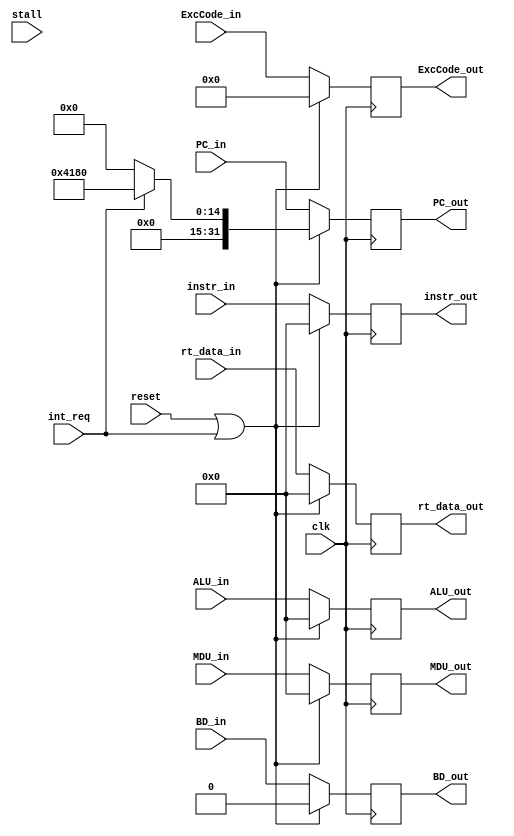
module M_REG (
    input clk,                      // 
    input reset,                    // 
    input int_req,                  // 
    input stall,                    // 
    
    input [31:0] instr_in,          // E
    input [31:0] PC_in,             // EPC
    input [31:0] rt_data_in,        // Ert
    input [31:0] ALU_in,            // EALU
    input [31:0] MDU_in,            // EMDU
    input BD_in,                    // E
    input [4:0] ExcCode_in,         // E

    output reg [31:0] instr_out,    // M
    output reg [31:0] PC_out,       // MPC
    output reg [31:0] rt_data_out,  // Mrt
    output reg [31:0] ALU_out,      // MALU
    output reg [31:0] MDU_out,      // MMDU
    output reg BD_out,              // M
    output reg [4:0] ExcCode_out    // M
);
    always @(posedge clk) begin
        if(reset || int_req) begin
            instr_out <= 0;
            PC_out <= int_req ? 32'h0000_4180 : 0;
            rt_data_out <= 0;
            ALU_out <= 0;
            MDU_out <= 0;
            BD_out <= 0;
            ExcCode_out <= 0;
        end 
        else begin
            instr_out <= instr_in;
            PC_out <= PC_in;
            rt_data_out <= rt_data_in;
            ALU_out <= ALU_in;
            MDU_out <= MDU_in;
            BD_out <= BD_in;
            ExcCode_out <= ExcCode_in;
        end
    end
    
endmodule